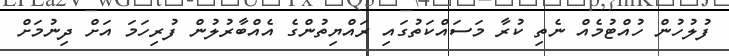
ފުލުހުން ހުއްޓުމެއް ނެތި ކުރާ މަސައްކަތުގައި ރައްޔިތުންގެ އެއްބާރުލުން ފުރިހަމަ އަށް ދިނުމަށް